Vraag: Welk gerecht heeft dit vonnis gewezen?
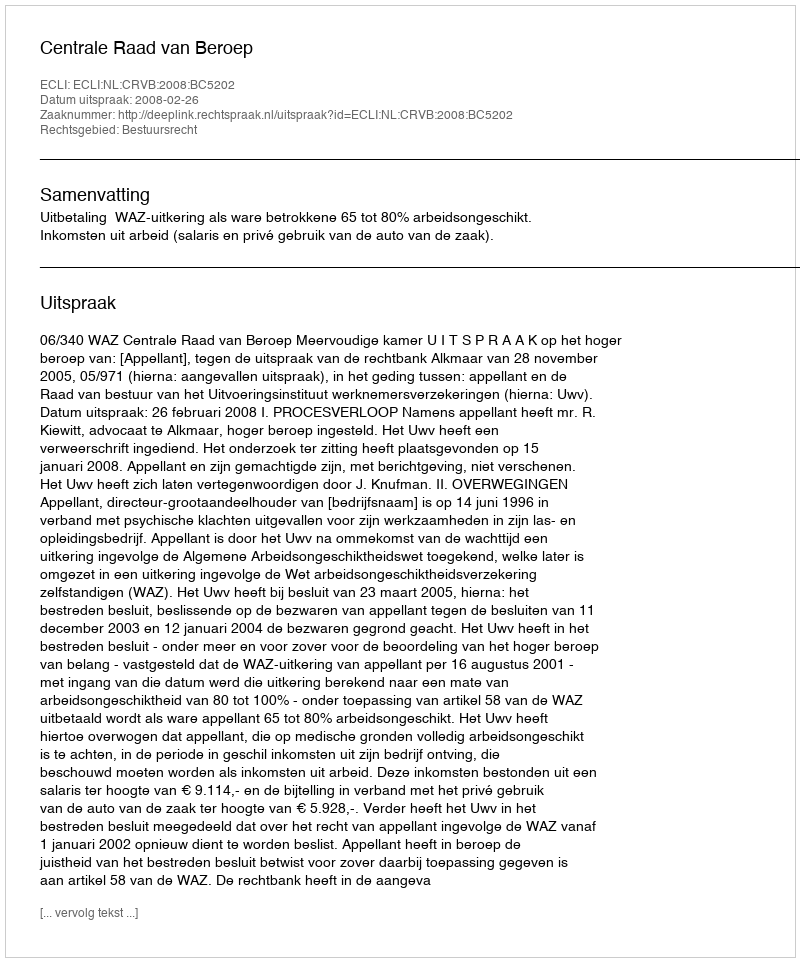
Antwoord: Centrale Raad van Beroep